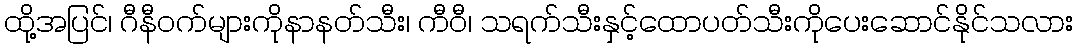
ထို့အပြင်၊ ဂီနီဝက်များကိုနာနတ်သီး၊ ကီဝီ၊ သရက်သီးနှင့်ထောပတ်သီးကိုပေးဆောင်နိုင်သလား